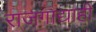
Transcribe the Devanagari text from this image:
राजगाद्याही